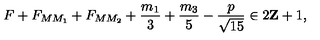
F + F _ { M M _ { 1 } } + F _ { M M _ { 2 } } + \frac { m _ { 1 } } { 3 } + \frac { m _ { 3 } } { 5 } - \frac { p } { \sqrt { 1 5 } } \in 2 { \bf Z } + 1 ,